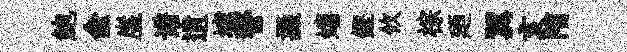
鮑俞崖谱遺壚警摄嬉鏗攸棕廼翼亥陏